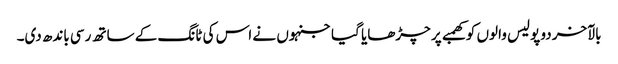
بالآخر دو پولیس والوں کو کھمبے پر چڑھایا گیا جنہوں نے اس کی ٹانگ کے ساتھ رسی باندھ دی۔